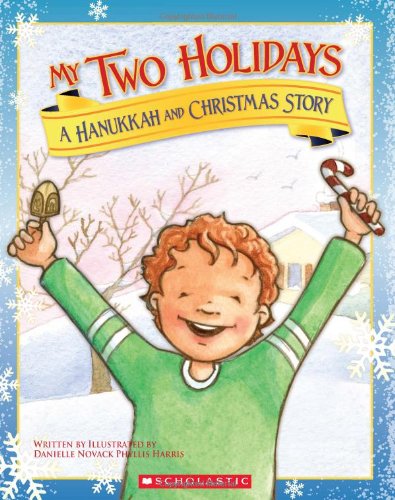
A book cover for My Two Holidays: A Hanukkah and Christmas Story; Danielle Novack; Children's Books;